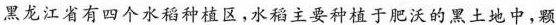
黑龙江省有四个水稻种植区，水稻主要种植于肥沃的黑土地中，颗